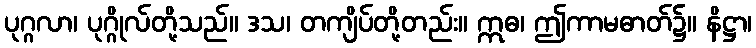
ပုဂ္ဂလာ၊ ပုဂ္ဂိုလ်တို့သည်။ ဒသ၊ တကျိပ်တို့တည်း။ ဣဓ၊ ဤကာမဓာတ်၌။ နိဋ္ဌာ၊